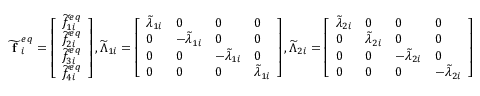
\widetilde { \textbf { f } } _ { i } ^ { e q } = \left[ \begin{array} { l } { \widetilde { f } _ { 1 i } ^ { e q } } \\ { \widetilde { f } _ { 2 i } ^ { e q } } \\ { \widetilde { f } _ { 3 i } ^ { e q } } \\ { \widetilde { f } _ { 4 i } ^ { e q } } \end{array} \right] , \widetilde { \Lambda } _ { 1 i } = \left[ \begin{array} { l l l l } { \widetilde { \lambda } _ { 1 i } } & { 0 } & { 0 } & { 0 } \\ { 0 } & { - \widetilde { \lambda } _ { 1 i } } & { 0 } & { 0 } \\ { 0 } & { 0 } & { - \widetilde { \lambda } _ { 1 i } } & { 0 } \\ { 0 } & { 0 } & { 0 } & { \widetilde { \lambda } _ { 1 i } } \end{array} \right] , \widetilde { \Lambda } _ { 2 i } = \left[ \begin{array} { l l l l } { \widetilde { \lambda } _ { 2 i } } & { 0 } & { 0 } & { 0 } \\ { 0 } & { \widetilde { \lambda } _ { 2 i } } & { 0 } & { 0 } \\ { 0 } & { 0 } & { - \widetilde { \lambda } _ { 2 i } } & { 0 } \\ { 0 } & { 0 } & { 0 } & { - \widetilde { \lambda } _ { 2 i } } \end{array} \right]